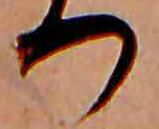
つ